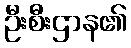
ဦးစီးဌာန၏